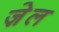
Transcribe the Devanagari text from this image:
जे़ल